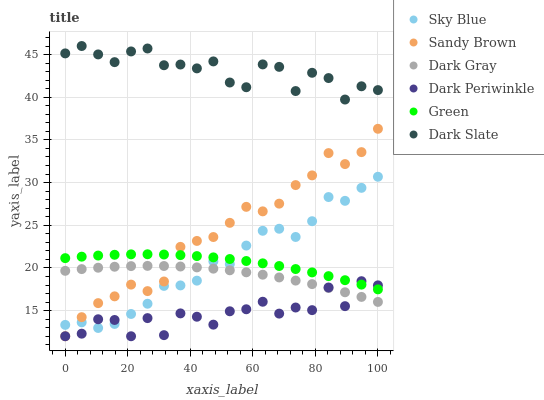
| xaxis_label | Sky Blue | Sandy Brown | Dark Gray | Dark Periwinkle | Green | Dark Slate |
 | --- | --- | --- | --- | --- | --- | --- |
 | 0 | 13.3 | 12 | 19.7 | 12 | 21.1 | 45.1 |
 | 5.26 | 13.6 | 14.2 | 19.9 | 12.3 | 21.3 | 46 |
 | 10.5 | 13 | 15.9 | 20 | 14 | 21.5 | 45 |
 | 15.8 | 13.4 | 16.7 | 20.1 | 13.9 | 21.5 | 44.1 |
 | 21.1 | 14.6 | 18.1 | 20.2 | 12 | 21.6 | 45.4 |
 | 26.3 | 15.8 | 17.3 | 20.2 | 14.1 | 21.6 | 45.7 |
 | 31.6 | 17.9 | 18.4 | 20.2 | 12.1 | 21.6 | 43.7 |
 | 36.8 | 18 | 22.5 | 20.2 | 14.7 | 21.5 | 43.8 |
 | 42.1 | 18.5 | 23.2 | 20.1 | 14.3 | 21.4 | 43.4 |
 | 47.4 | 20.8 | 23.6 | 19.9 | 13.4 | 21.2 | 44.2 |
 | 52.6 | 20.4 | 25.3 | 19.7 | 14.9 | 21 | 41.7 |
 | 57.9 | 22.6 | 27.2 | 19.5 | 15.2 | 20.8 | 41.2 |
 | 63.2 | 24.4 | 26.6 | 19.2 | 16 | 20.5 | 43.8 |
 | 68.4 | 24.6 | 27.5 | 18.9 | 14.7 | 20.2 | 43.6 |
 | 73.7 | 23.6 | 29.7 | 18.5 | 15.4 | 19.9 | 40.7 |
 | 78.9 | 25.5 | 30.8 | 18.1 | 15.1 | 19.5 | 42.9 |
 | 84.2 | 28.3 | 33.5 | 17.7 | 17.7 | 19 | 42.2 |
 | 89.5 | 27.9 | 32.2 | 17.2 | 15.5 | 18.6 | 39.7 |
 | 94.7 | 29.4 | 33.6 | 16.6 | 18.5 | 18.1 | 41.3 |
 | 100 | 30.7 | 36.3 | 16 | 18 | 17.5 | 40.8 |